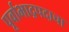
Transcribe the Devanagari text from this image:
पूर्वाभाद्रपदाचा